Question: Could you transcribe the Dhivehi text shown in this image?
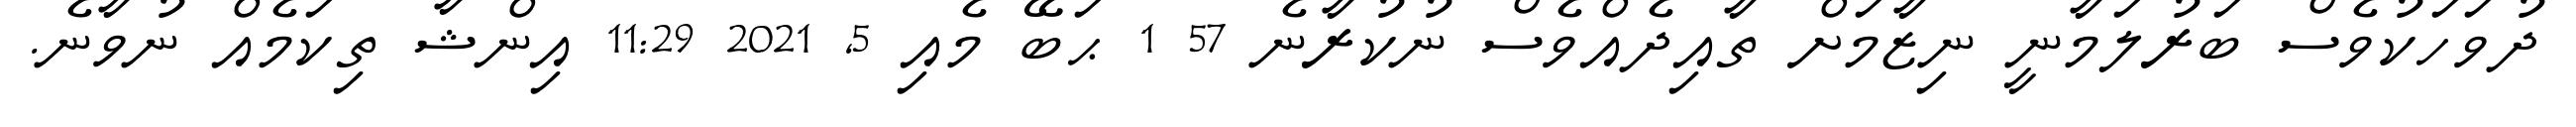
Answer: ދުވަހަކުވެސް ބަރުލަމާނީ ނިޒާމަށް ތާއިދެއްވެސް ނުކުރާނެ 57 1 ޙަބޭ މެއި 5, 2021 11:29 އިންޝާ ތިކަމެއް ނުވާނެ.